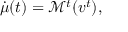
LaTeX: \dot { \mu } ( t ) = { \mathcal M } ^ { t } ( v ^ { t } ) ,